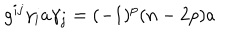
LaTeX: g ^ { i j } \gamma _ { i } a \gamma _ { j } = ( - 1 ) ^ { p } ( n - 2 p ) a